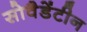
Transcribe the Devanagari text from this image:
सोवैडेंटीन